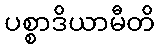
ပစ္စာဒိယာမီတိ